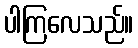
ပါကြလေသည်။